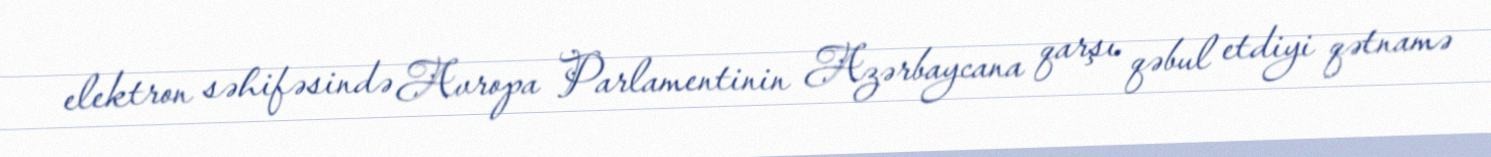
elektron səhifəsində Avropa Parlamentinin Azərbaycana qarşı qəbul etdiyi qətnamə